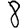
Digit: 8